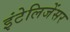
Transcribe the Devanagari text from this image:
इंटेलिजेंसर